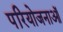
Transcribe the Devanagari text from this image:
परियोजनाऑं